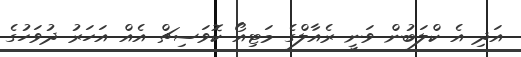
އަދި އެ ކްލަބުން ވަނީ ރެއާލްގެ މަޓިއޯ ކޮވަސިޗް އެއް އަހަރު ދުވަހުގެ